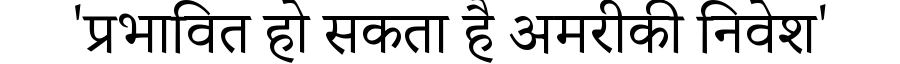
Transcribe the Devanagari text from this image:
'प्रभावित हो सकता है अमरीकी निवेश'